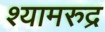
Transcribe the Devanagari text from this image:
श्यामरुद्र